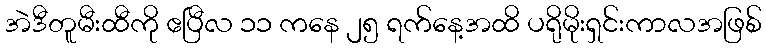
အဲဒီတူမီးထီကို ဧပြီလ ၁၁ ကနေ ၂၅ ရက်နေ့အထိ ပရိုမိုးရှင်းကာလအဖြစ်